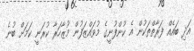
އަދި ބައެއް ފަރާތްތަކުން އެ ކުންފުނީގެ މުވައްޒަފުން މުޒާހަރާ ކުރަނީ ކަމަށް ބުނެ